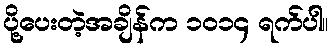
ပို့ပေးတဲ့အချိန်က ၁၀၁၄ ရက်ပါ။